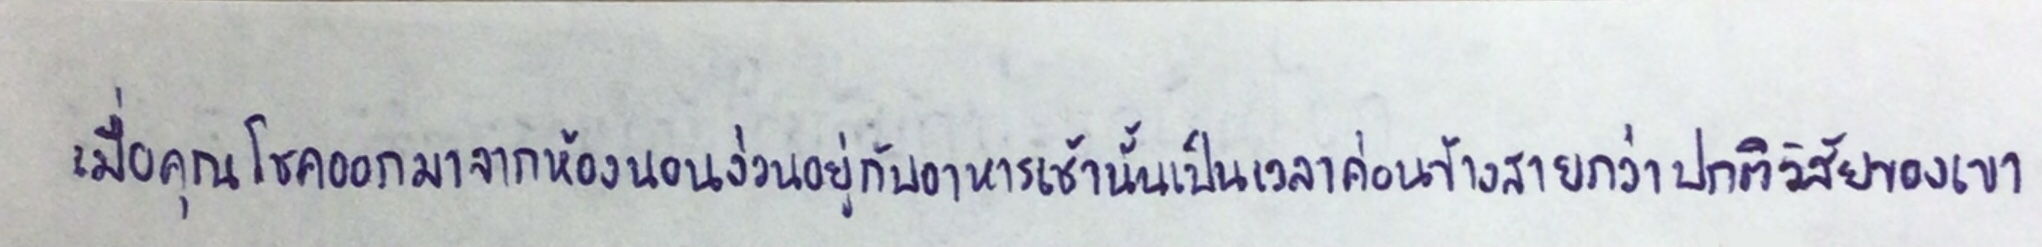
เมื่อคุณโชคออกมาจากห้องนอนง่วนอยู่กับอาหารเช้านั้นเป็นเวลาค่อนข้างสายกว่าปกติวิสัยของเขา